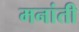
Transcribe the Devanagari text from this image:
मनांती